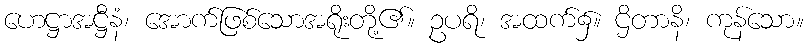
ဟေဋ္ဌာအဋ္ဌီနံ၊ အောက်ဖြစ်သောအရိုးတို့၏။ ဥပရိ၊ အထက်၌။ ဌိတာနိ၊ ကုန်သော။